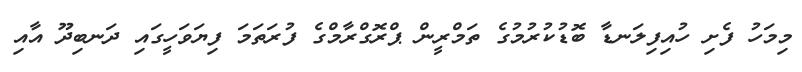
މިމަހު ފެށި ހުއިފިލަނޑާ ބޮޑުކުރުމުގެ ތަމްރީން ޕްރޮގްރާމްގެ ފުރަތަމަ ފިޔަވަހީގައި ދަނބިދޫ އާއި